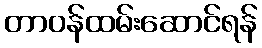
တာဝန်ထမ်းဆောင်ရန်